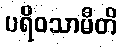
ပရိဝသာမီတိ